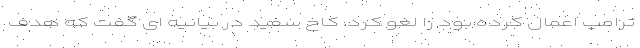
ترامپ اعمال کرده بود را لغو کرد. کاخ سفید در بیانیه ای گفت که هدف